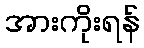
အားကိုးရန်